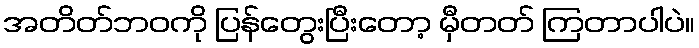
အတိတ်ဘဝကို ပြန်တွေးပြီးတော့ မှီတတ် ကြတာပါပဲ။